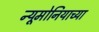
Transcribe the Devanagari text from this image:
न्यूमोनियाच्या